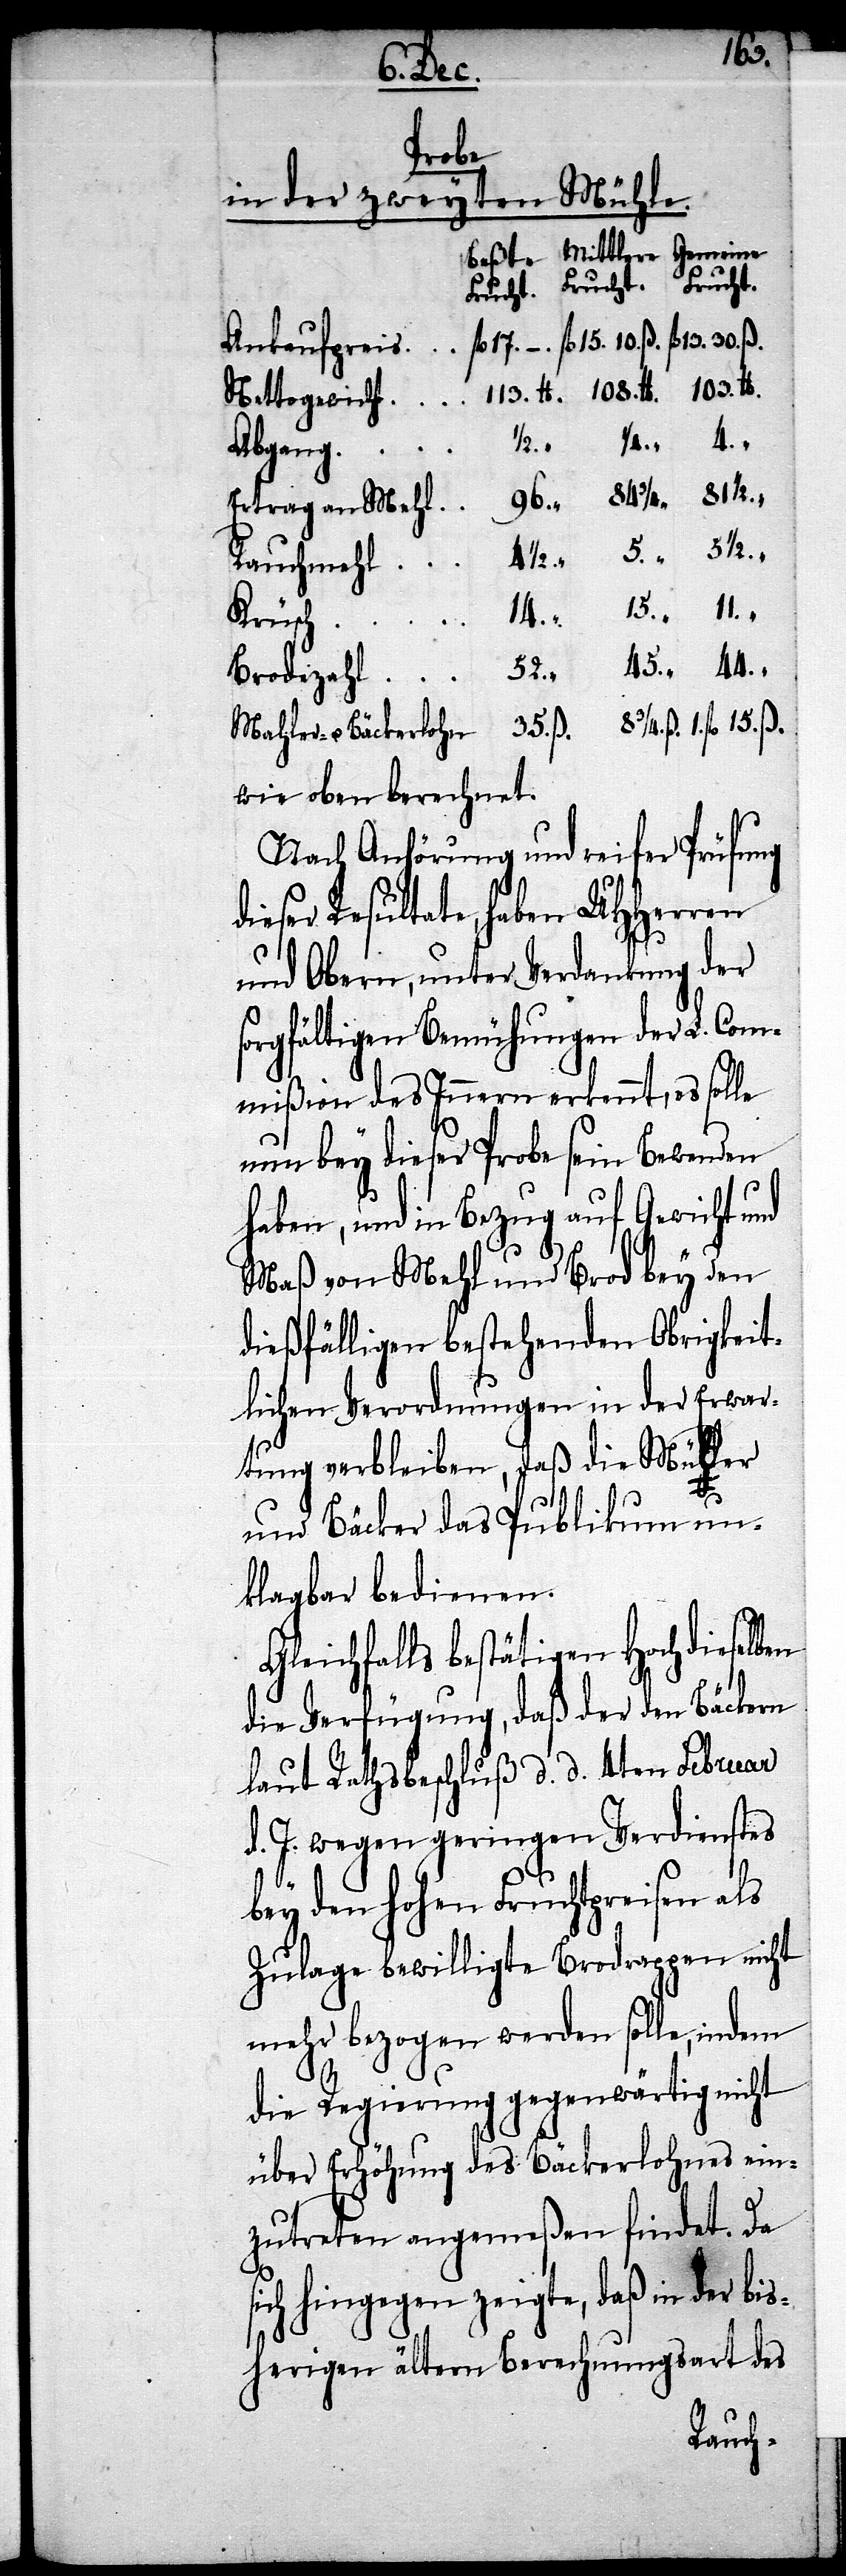
103.
Beste
Ankaufspreis
Nettogewicht
Abgang
8 3/4.
96.
Ertragen Mehl
44.
Rauchmehl
5 1/2.
14.
Krüsch
52.
Brode-Zahl
15. ß.
wie oben berechnet.
Nach Anhörung und reifer Prüfung
ieser Resultate, haben UHHerren
und Obern, unter Verdankung der
sorgfältigen Bemühungen der L. Com¬
mißion des Innern erkennt, es solle
nun bey dieser Probe sein Bewenden
haben, und in Bezug auf Gewicht und
Maß von Mehl und Brod bey den
dießfälligen bestehenden Obrigkeit¬
lichen Verordnungen in der Erwar¬
tung verbleiben, daß die Müller
lb.
d¬
und Bäcker das Publikum un¬
klagbar bedienen.
Gleichfalls bestätigen Hochdieselben
die Verfügung, daß der den Bäckern
laut Rathsbeschluß d. d. 4ten Februar
d. J. wegen geringen Verdienstes
bey den hohen Fruchtpreisen als
Zulage bewilligte Brodrappen nicht
mehr bezogen werden solle, indem
die Regierung gegenwärtig nicht
über Erhöhung des Bäckerlohnes ein¬
zutreten angemeßen findet. Da
sich hingegen zeigte, daß in der bis¬
herigen ältern Berechnungsart des
Frucht